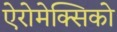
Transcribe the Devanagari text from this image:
ऐरोमेक्सिको